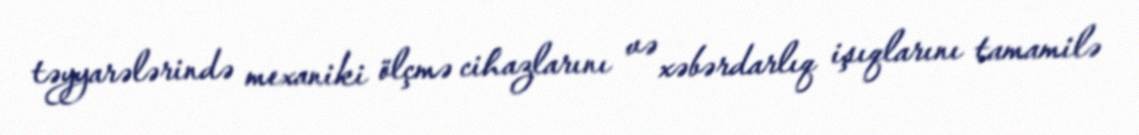
təyyarələrində mexaniki ölçmə cihazlarını və xəbərdarlıq işıqlarını tamamilə